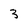
Character: 3